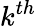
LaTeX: k^{th}